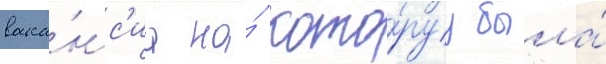
вака́нс'иа на́ кото́руу была́